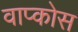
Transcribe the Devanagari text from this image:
वाप्कोस